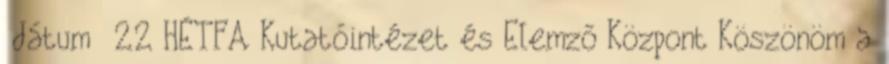
dátum 22 HÉTFA Kutatóintézet és Elemző Központ Köszönöm a